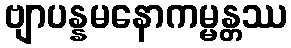
ဗျာပန္နမနောကမ္မန္တဿ